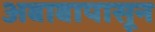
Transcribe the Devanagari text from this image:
अबाबापासून